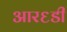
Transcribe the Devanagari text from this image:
आर६डी